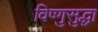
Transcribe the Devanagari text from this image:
विष्णुसुद्धा